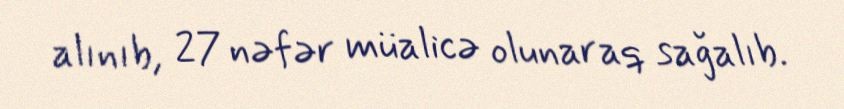
alınıb, 27 nəfər müalicə olunaraq sağalıb.